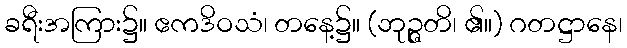
ခရီးအကြား၌။ ဧကဒိဝသံ၊ တနေ့၌။ (ဘုဉ္ဇတိ၊ ၏။) ဂတဋ္ဌာနေ၊